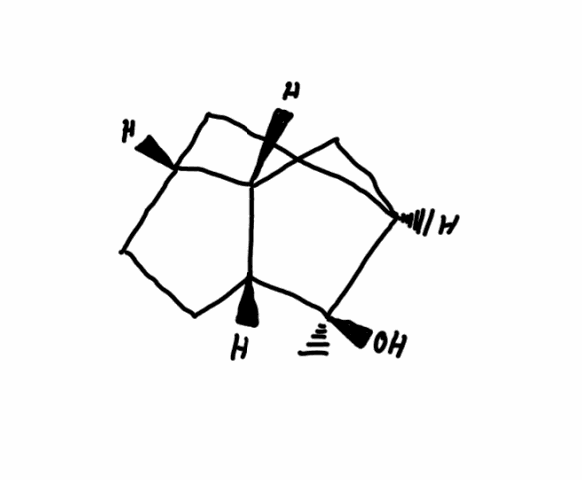
Simplified molecular-input line-entry system (SMILES) notation of the given molecule:
C[C@@]1([C@@H]2CC[C@H]3[C@@H]2C[C@@H]1C3)O